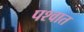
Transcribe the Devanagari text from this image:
पश्वात